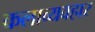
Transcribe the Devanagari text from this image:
कलाव्यवहार